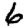
Digit: 6